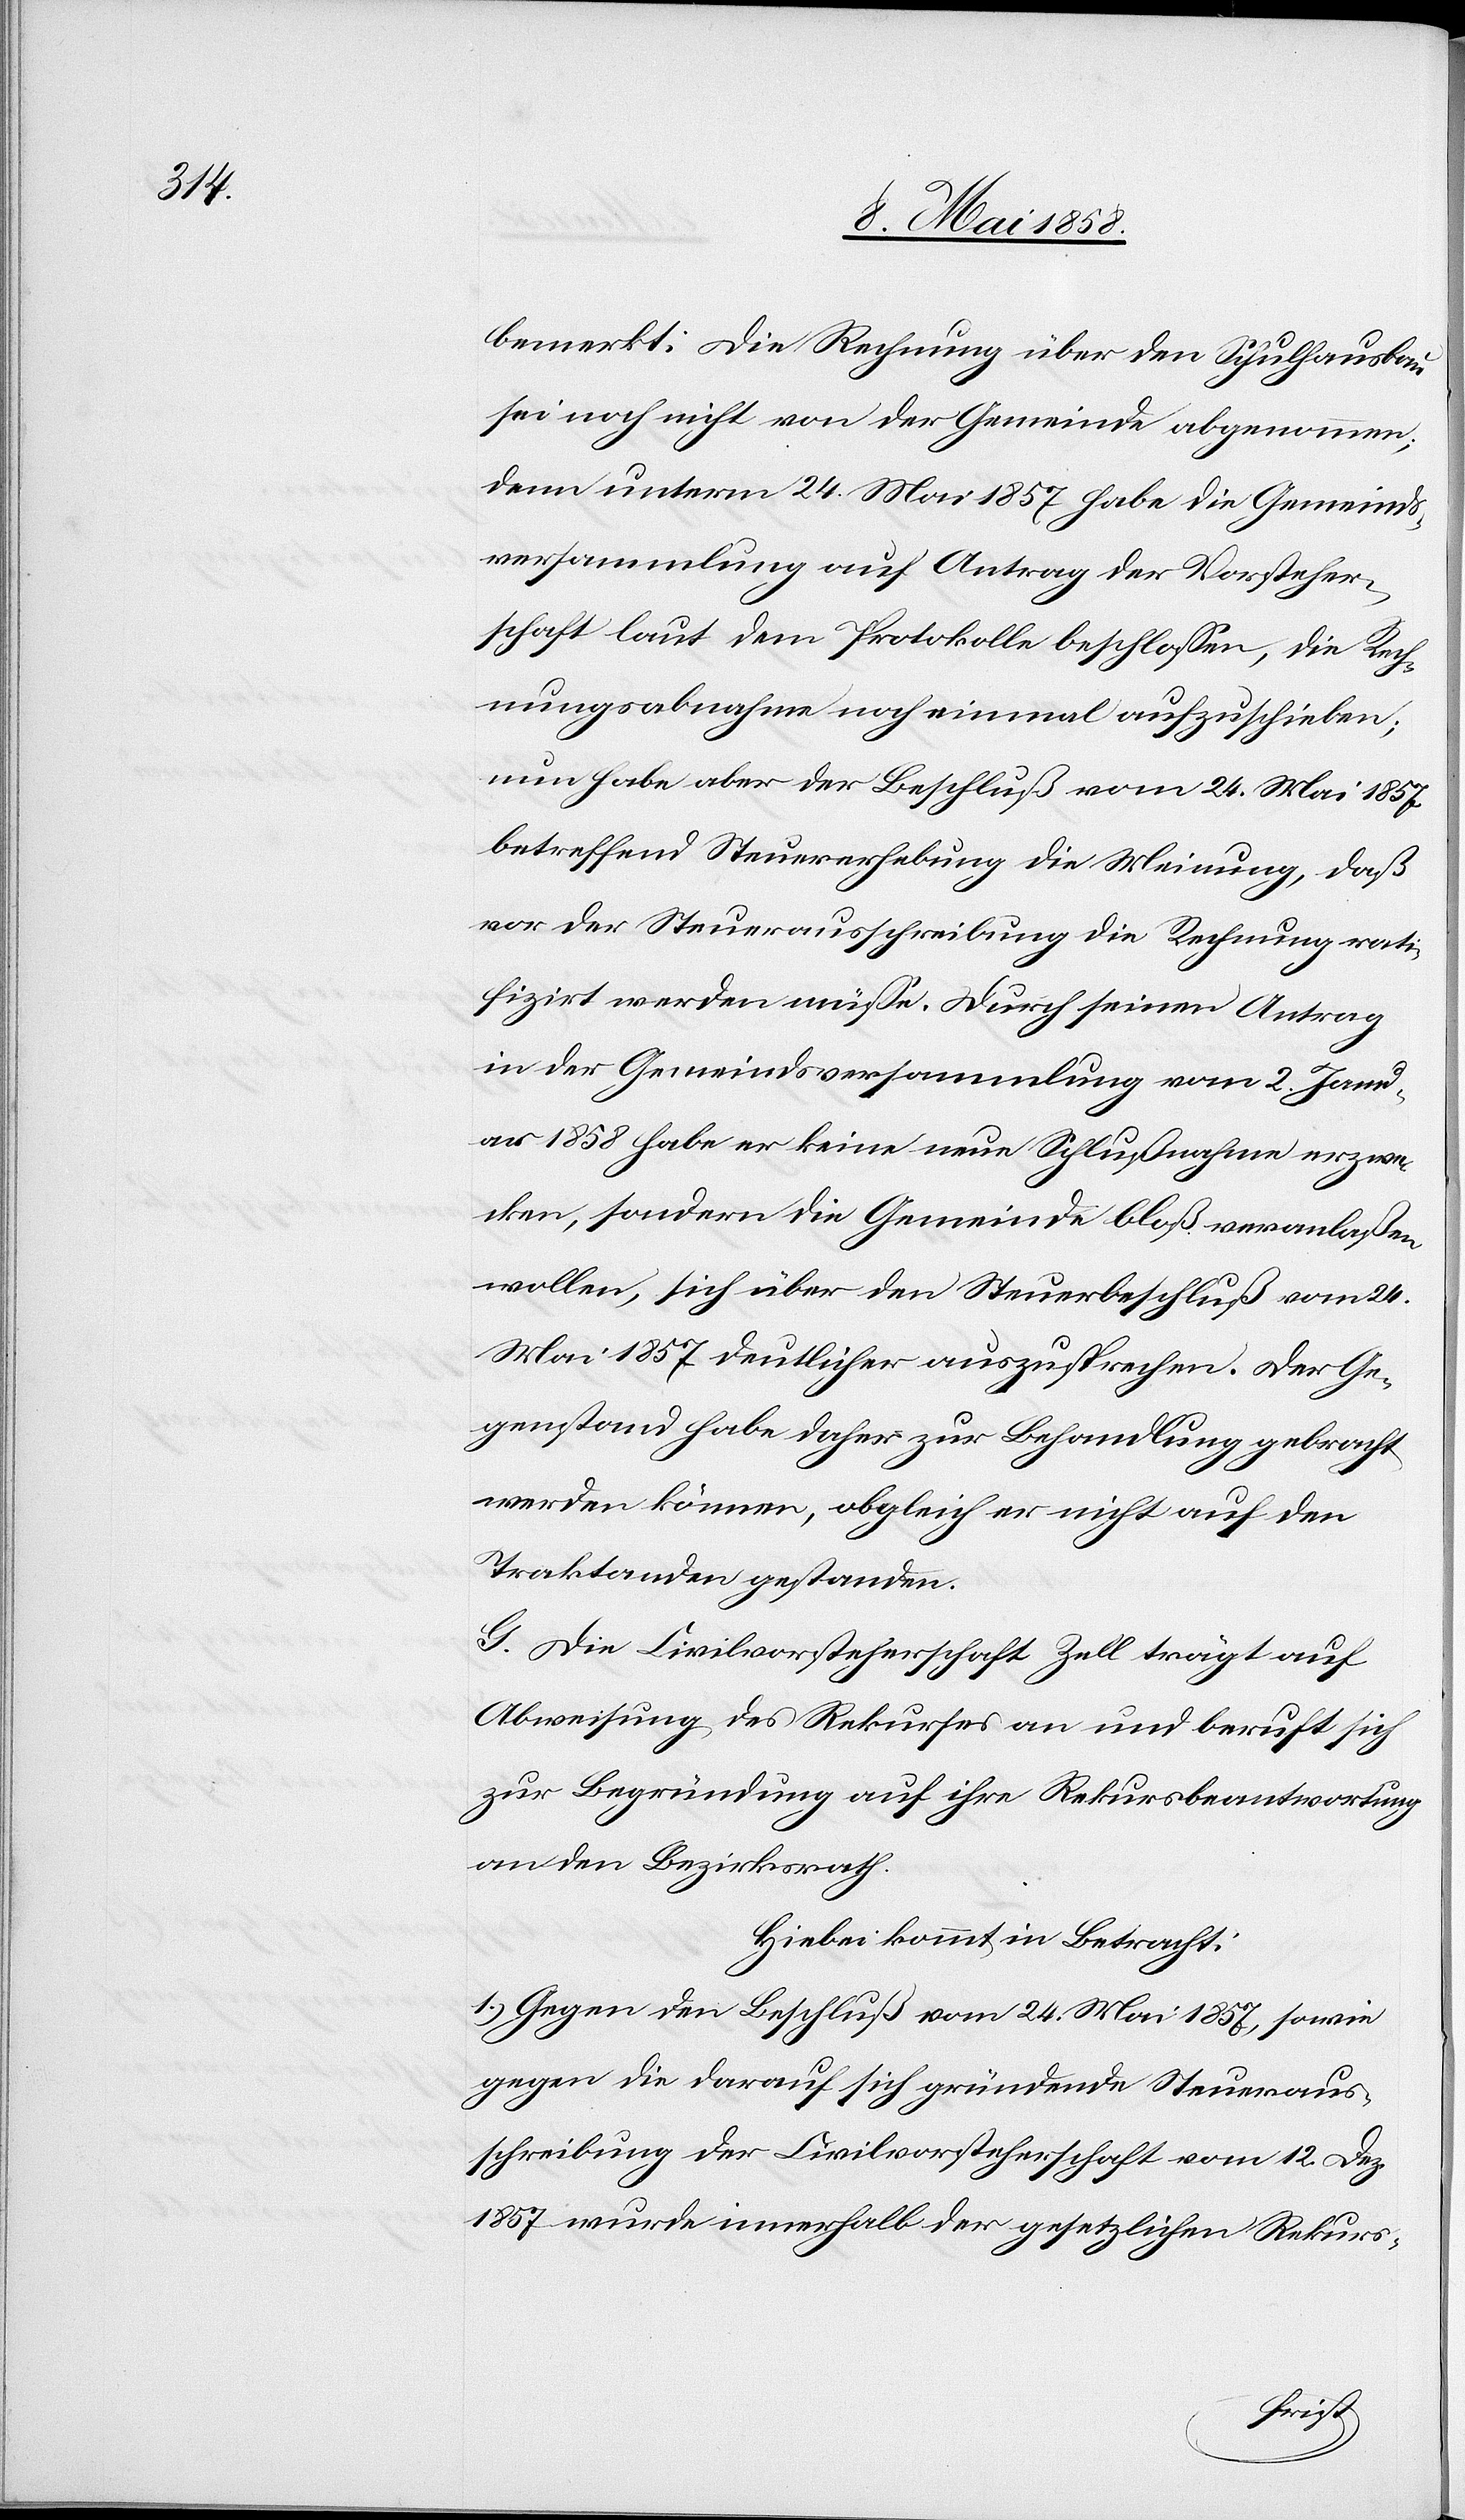
bemerkt: Die Rechnung über den Schulhausbau
sei noch nicht von der Gemeinde abgenommen;
den unterm 24. Mai 1857 habe die Gemeinds¬
versammlung auf Antrag der Vorsteher¬
schaft laut dem Protokolle beschlossen, die Rech¬
nungsabnahme noch einmal aufzuschieben;
nun habe aber der Beschluß vom 24. Mai 1857
betreffend Steuererhebung die Meinung, daß
vor der Steuerausschreibung die Rechnung rati¬
fizirt werden müsse. Durch seinen Antrag
in der Gemeindsversammlung vom 2. Janu¬
ar 1858 habe er keine neue Schlußnahme erzwe¬
cken, sondern die Gemeinde bloß veranlaßen
wollen, sich über den Steuerbeschluß vom 24.
Mai 1857 deutlicher auszusprechen. Der Ge¬
genstand habe daher zur Behandlung gebracht
werden können, obgleich er nicht auf den
Traktanden gestanden.
G. Die Civilvorsteherschaft Zell trägt auf
Abweisung des Rekurses an und beruft sich
zur Begründung auf ihre Rekursbeantwortung
an den Bezirksrath.
Hiebei kommt in Betracht:
1. Gegen den Beschluß vom 24. Mai 1857, sowie
gegen die darauf sich gründende Steueraus¬
schreibung der Civilvorsteherschaft vom 12. Dez.
1857 wurde innerhalb der gesetzlichen Rekurs-